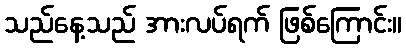
သည်နေ့သည် အားလပ်ရက် ဖြစ်ကြောင်း။